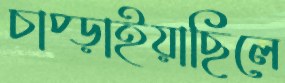
চাপ্‌ড়াইয়াছিলে